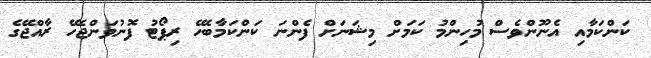
ކަންކަމާއި އެނޫންވެސް މުހިންމު ކަމަށް މިޝަނަށް ފެންނަ ކަންކަމާބެހޭ ރިޕޯޓު ފޮނުވަންޖެހޭ ރާއްޖޭގެ